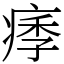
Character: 痵